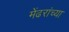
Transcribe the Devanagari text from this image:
मेंढरांच्या